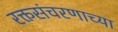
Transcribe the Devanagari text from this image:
रक्तसंचरणाच्या